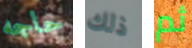
حاجه ذلك ثم